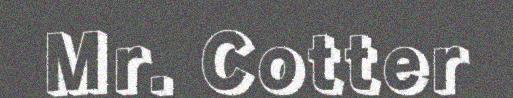
Mr. Cotter